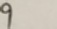
9